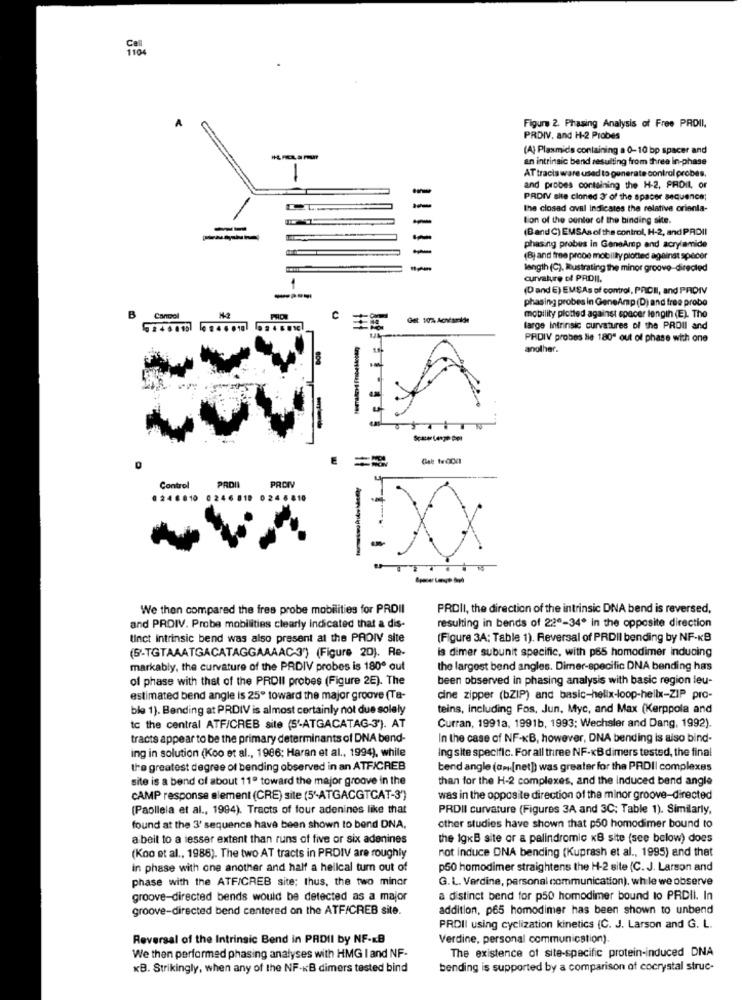
A
Figure 2. Phasing Analysis of Free PROII,
PRDIV. and H-2 Probes
(A) Plasmids containing a 0-10 bp spacer and
an intrinsic bend resulting from three In-phase
AT tracis ware used to generate control probes.
-
and probes containing the H-2, PRDIL, or
PRDIV site cloned 3' of the spacer sequence;
the closad aval indicates the relative orienta-
tion of the center of the binding site.
--
(Band C) EMSAs of the control, H-2, and PROII
-
-
phasing probes in GaneAmp and acrylamide
(B) and free prece mobility plotted against specer
--
length (C), Rustrating the minor groove-diregled
curvature of PADII.
(D and E) EMEAs of control, PACII, and PRIDIV
phasing probes in GeneAmp (D) and free probe
B
Cancol
PHON
C
mobility plotted against spacer length (E). The
. . . 10
farge intrinsic curvatures of the PROII and
PRDIV probes lie 180" out of phase with one
another.
E
==
PROIV
Control
PROII
0246810 0246 819 0246810
-
We then compared the fres probe mobilities for PRDII
PROII, the direction of the intrinsic DNA bend is reversed,
and PRDIV. Probe mobilities clearly indicated that a dis-
resulting in bends of 220-34. in the opposite direction
tinct intrinsic bend was also present at the PADIV site
(Figure 3A: Table 1). Reversal of PRDII bending by NF-KB
la dimer subunit specific, with p65 homodimer inducing
(5-TGTAAATGACATAGGAAAAC-3") (Figure 20). Re-
markably, the curvature of the PRDIV probes is 180º out
the largest bend angles. Dimer-specific DNA bending has
of phase with that of the PRDII probes (Figure 2E). The
been observed in phasing analysis with basic region leu-
estimated bend angle is 25º toward the major groove (Ta-
cine zipper (bZIP) and basic-helix-loop-hellx-ZIP pro-
ble 1). Bending at PRDIV is almost certainly not due solely
teins, including Fos, Jun, Myc, and Max (Kerppola and
tc the central ATF/CREB site (S'-ATGACATAG-3'). AT
Curran, 1991a, 1991b, 1993; Wechsler and Dang, 1992).
tracts appear to be the primary determinants of DNA bend-
In the case of NF-KB, however, DNA bending is also bind-
ing in solution (Koo et al ., 1986; Haran et al ., 1994), while
ing site specific. For all three NF-KB dimers tested, the final
the greatest degree of bending observed in an ATFICREB
bend angle (a. [net) was greater for the PRDI| complexes
site is a bend of about 11ª toward the major groove in the
than for the H-2 complexes, and the induced bend angle
CAMP response element (CRE) site (5'-ATGACGTCAT-3')
was in the opposite direction of the minor groove-directed
(Paollela et al ., 1994). Tracts of four adenines like that
PRDII curvature (Figures 3A and 3C; Table 1). Similarly,
found at the 3' sequence have been shown to bend DNA,
other studies have shown that p50 homodimer bound to
a beit to a lesser extent than runs of five or six adenines
the igKB site or a palindromic KB site (see below) does
not induce ONA bending (Kuprash et al ., 1995) and that
(Koo et al ., 1986). The two AT tracts in PRDIV are roughly
in phase with one another and half a hellcal turn out of
p50 homodimer straightens the H-2 site (C. J. Larson and
phase with the ATFICREB site; thus, the two minor
G. L. Verdine, personal communication). while we observe
groove-directed bends would be detected as a major
a distinct bend for p50 homodimer bound to PRDII. In
groove-directed bend centered on the ATF/CREB site.
addition, p65 homodimer has been shown to unbend
PRDII using cyclization kinetics (C. J. Larson and G. L.
Reversal of the Intrinsic Bend in PRDII by NF-KB
Verdine, personal communication).
The existence of site-specific protein-induced DNA
We then performed phasing analyses with HMG I and NF-
KB. Strikingly, when any of the NF-KB dimers tested bind
bending is supported by a comparison of cocrystal struc-